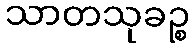
သာတသုခဉ္စ